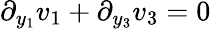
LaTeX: \partial_{y_{1}}v_{1}+\partial_{y_{3}}v_{3}=0